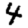
Digit: 4